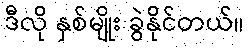
ဒီလို နှစ်မျိုး ခွဲနိုင်တယ်။